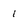
Character: 1